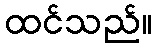
ထင်သည်။